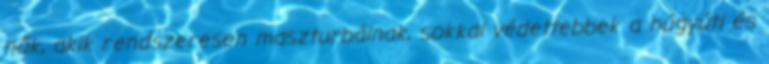
nők, akik rendszeresen maszturbálnak, sokkal védettebbek a húgyúti és